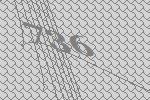
736